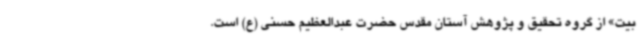
بیت» از گروه تحقیق و پژوهش آستان مقدس حضرت عبدالعظیم حسنی (ع) است.